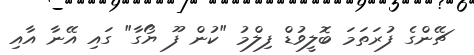
ޗޭންގެ ފުރަތަމަ ބޮލީވުޑް ފިލްމު "ކުން ފޫ ޔޯގާ" ގައި އޭނާ އާއި